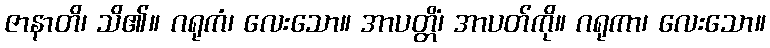
ဇာနာတိ၊ သိ၏။ ဂရုကံ၊ လေးသော။ အာပတ္တိံ၊ အာပတ်ကို။ ဂရုကာ၊ လေးသော။